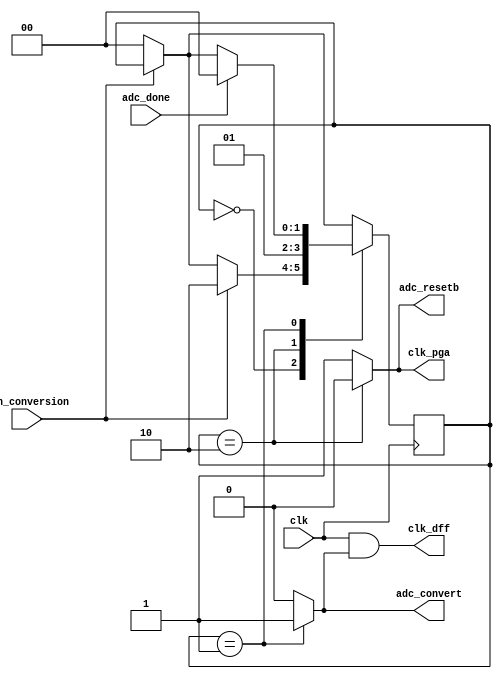
//Verilog HDL for "ee140_proj", "SAR_FSM" "functional"

module SAR_FSM (
	input clk,
	input run_conversion,

	input adc_done,

	output clk_dff,
	output reg clk_pga,
	output reg adc_resetb,
	output reg adc_convert );

localparam [1:0] S_IDLE 			= 2'b00;
localparam [1:0] S_CONVERTING 	= 2'b01;
localparam [1:0] S_CLEAR 			= 2'b10;

reg [1:0] state;

// State progression logic
always @(posedge clk) begin
	if (~run_conversion) state <= S_IDLE;
	case (state)
		// Waits until signal to start conversion
		S_IDLE: 			if (run_conversion) state <= S_CLEAR;
		// Clears any prior data only just before next conversion
		S_CLEAR: 		state <= S_CONVERTING;
		// Running ADC conversion
		S_CONVERTING: 	if (adc_done) state <= S_IDLE;
	endcase
end

// Output logic
always @(*) begin
	adc_resetb = 1'b1;
	adc_convert = 1'b0;
	clk_pga = 1'b1;
	case (state)
		S_CLEAR: begin
			adc_resetb = 1'b0;
			clk_pga = 1'b0;
		end
		S_CONVERTING: begin
			adc_convert = 1'b1;
			// clk_pga = adc_done ? 1'b1 : 1'b0;
		end
	endcase
end

assign clk_dff = clk & adc_convert;

endmodule